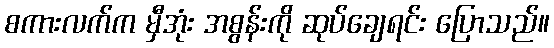
စကားလက်က မှီအုံး အစွန်းကို ဆုပ်ချေရင်း ပြောသည်။